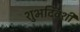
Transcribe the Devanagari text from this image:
शुभदिवशी